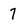
Character: 7